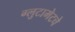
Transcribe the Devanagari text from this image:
ग्लुटामेटचे